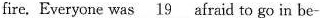
fire.Everyone was \underline{19} afraid to go in be-